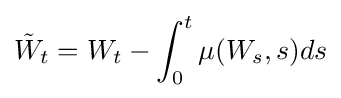
{\tilde {W}}_{t}=W_{t}-\int _{0}^{t}\mu (W_{s},s)ds